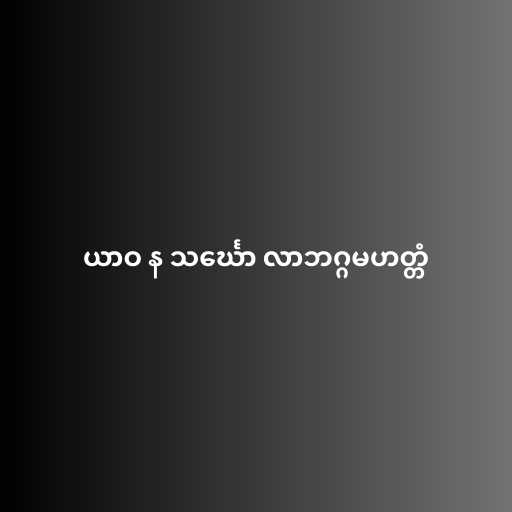
ယာဝ န သင်္ဃော လာဘဂ္ဂမဟတ္တံ